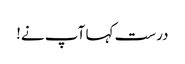
درست کہا آپ نے!